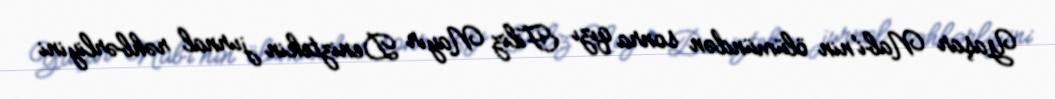
Yaşar Nabi'nin ölümündən sonra qızı Filiz Nayır Deniztekin jurnal rəhbərliyini